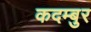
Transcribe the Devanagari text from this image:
कदम्बुर